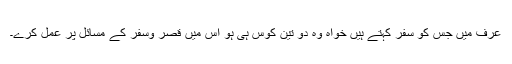
عرف میں جس کو سفر کہتے ہیں خواہ وہ دو تین کوس ہی ہو اس میں قصر وسفر کے مسائل پر عمل کرے۔